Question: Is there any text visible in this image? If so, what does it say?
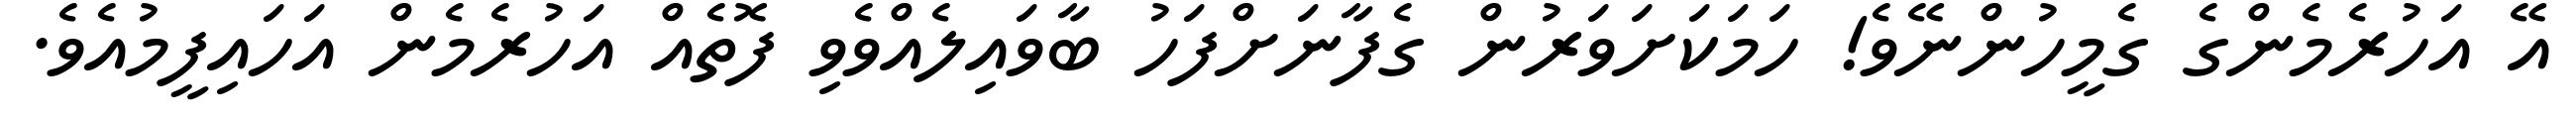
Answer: އޭ އަހުރެމެންގެ ގެމީހުންނޭވެ! ހަމަކަށަވަރުން ގެފާނަށްފަހު ބާވައިލެއްވެވި ފޮތެއް އަހުރެމެން އަހައިފީމުއެވެ.